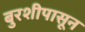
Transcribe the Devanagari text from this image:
बुरशीपासून